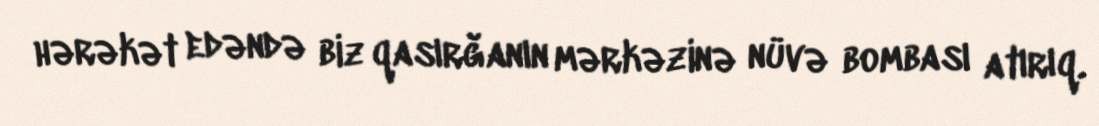
hərəkət edəndə biz qasırğanın mərkəzinə nüvə bombası atırıq.